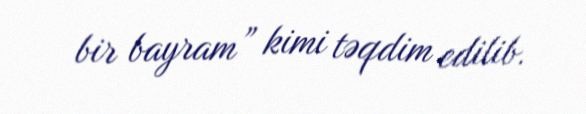
bir bayram” kimi təqdim edilib.